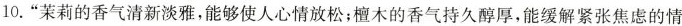
10.”茉莉的香气清新淡雅，能够使人心情放松；檀木的香气持久醇厚，能缓解紧张焦虑的情